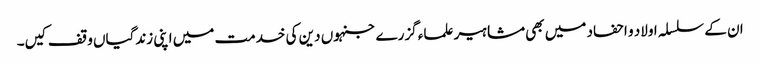
ان کے سلسلہ اولاد و احفاد میں بھی مشاہیر علماء گزرے جنہوں دین کی خدمت میں اپنی زندگیاں وقف کیں۔